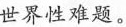
世界性难题。